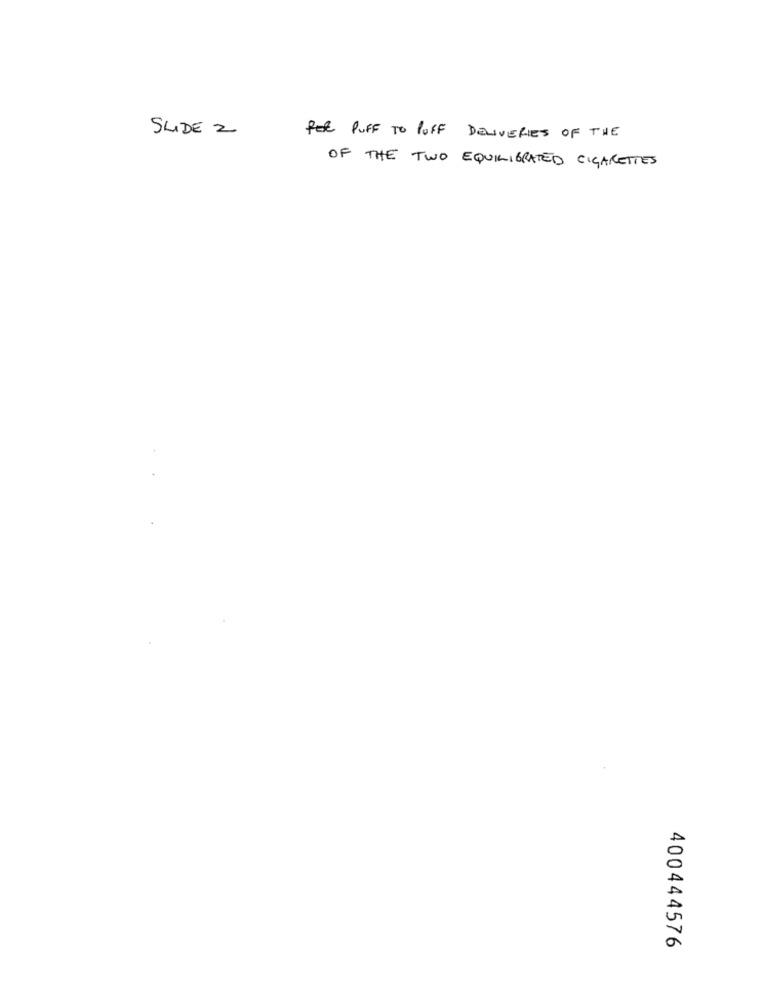
SLIDE 2
FEE PUFF TO POFF DELIVERIES OF THE
OF THE TWO EQUILIBRATED CIGARETTES
400444576